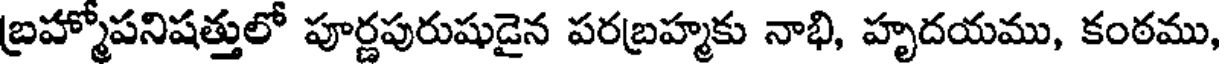
బ్రహ్మోపనిషత్తులో పూర్ణపురుషుడైన పరబ్రహ్మకు నాభి, హృదయము, కంఠము,